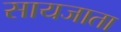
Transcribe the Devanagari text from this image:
सायजाता